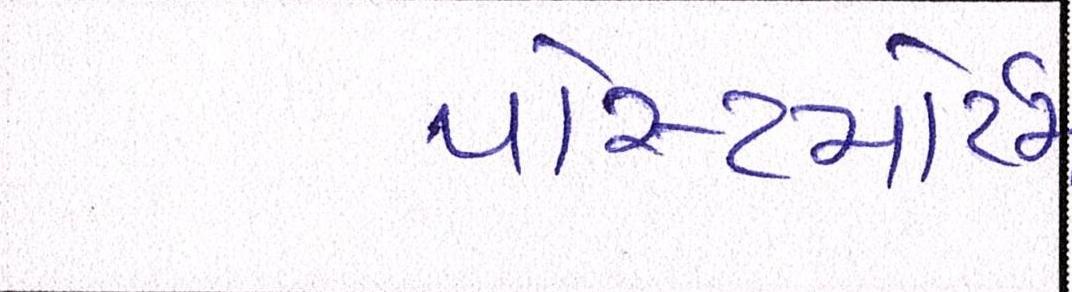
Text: પોસ્ટમોર્ટમ